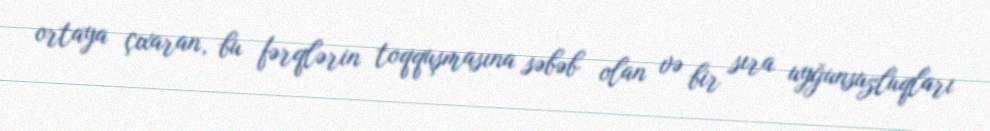
ortaya çıxaran, bu fərqlərin toqquşmasına səbəb olan və bir sıra uyğunsuzluqları